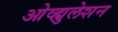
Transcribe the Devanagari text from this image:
ओव्ह्युलेशन